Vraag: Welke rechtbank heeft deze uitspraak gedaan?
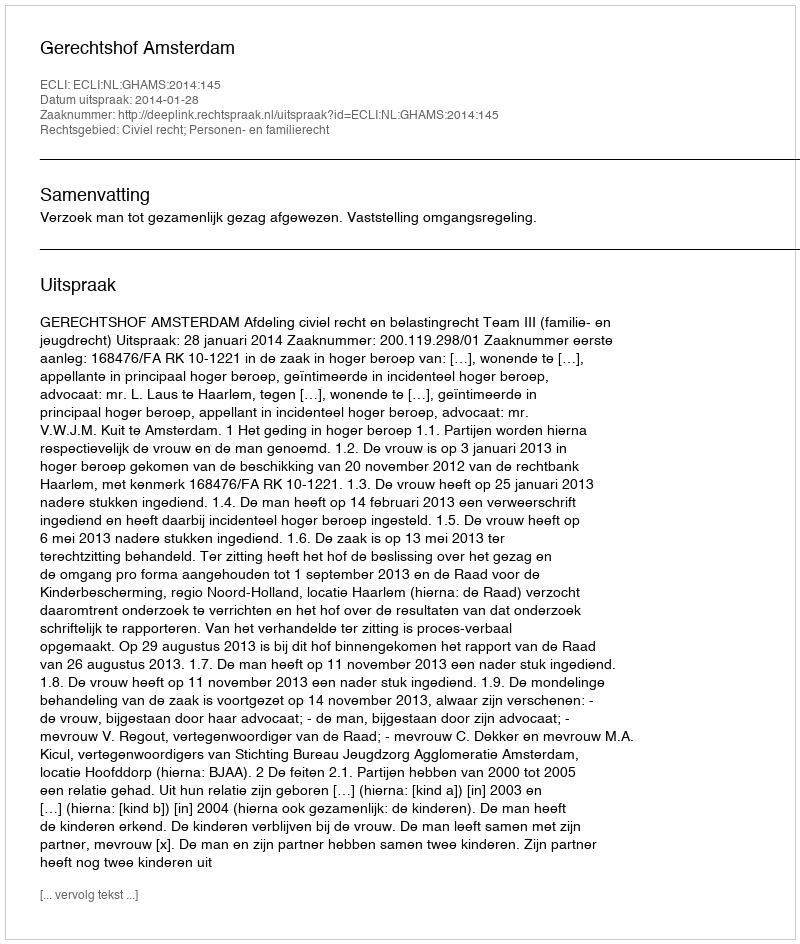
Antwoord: Gerechtshof Amsterdam